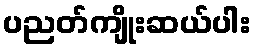
ပညတ်ကျိုးဆယ်ပါး